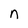
Character: n